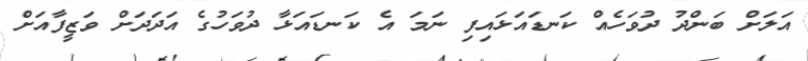
އަލަށް ބަންދު ދުވަހެއް ކަނޑައަޅައިފި ނަމަ އެ ކަނޑައަޅާ ދުވަހުގެ އަދަދަށް ވަޒީފާއަށް